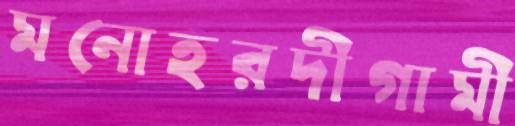
মনোহরদীগামী